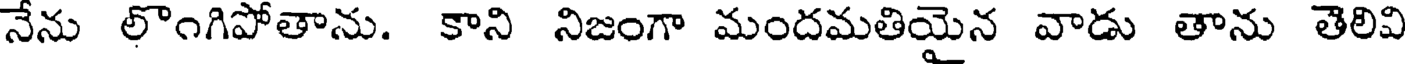
నేను లొంగిపోతాను. కాని నిజంగా మందమతియైన వాడు తాను తెలివి